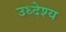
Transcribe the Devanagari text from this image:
उध्देश्य